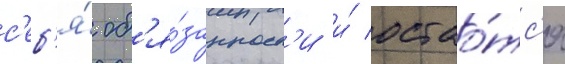
с'еб'я́ об'я́занност'и и́ остао́тс'я